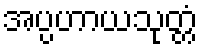
အပ္ပဟာယသုတ္တံ